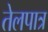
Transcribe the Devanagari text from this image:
तेलपात्र